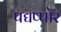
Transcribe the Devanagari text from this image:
पद्यप्पोर